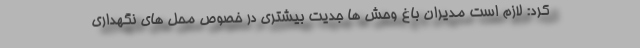
کرد: لازم است مدیران باغ وحش ها جدیت بیشتری در خصوص محل های نگهداری